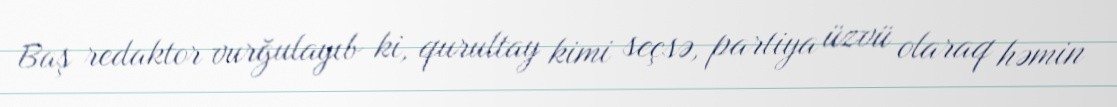
Baş redaktor vurğulayıb ki, qurultay kimi seçsə, partiya üzvü olaraq həmin